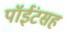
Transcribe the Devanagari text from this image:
पॉईंटसह